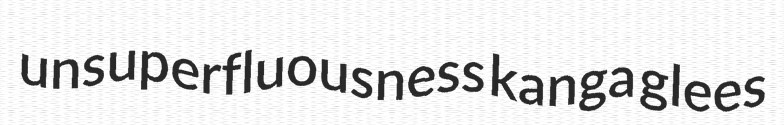
unsuperfluousness kanga glees